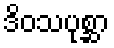
ဒိဝသပုစ္ဆာ